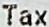
TAX